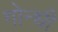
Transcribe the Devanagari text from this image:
गोन्धी